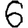
Digit: 6